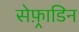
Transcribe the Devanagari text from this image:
सेफ़्राडिन